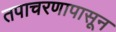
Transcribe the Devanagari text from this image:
तपाचरणापासून